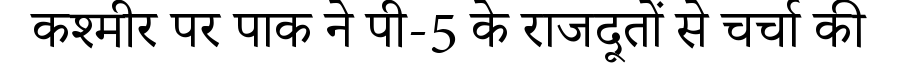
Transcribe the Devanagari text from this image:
कश्मीर पर पाक ने पी-5 के राजदूतों से चर्चा की